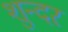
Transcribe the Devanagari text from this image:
शुन्दर